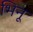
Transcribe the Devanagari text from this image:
भिनू